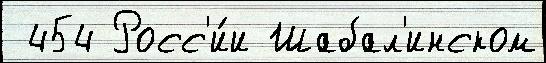
 454 Росс'и́и Шабал'инском